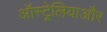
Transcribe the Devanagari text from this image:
ऑस्ट्रेलियाऔर